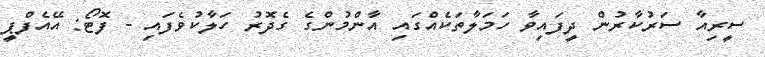
ސީރިއާ ސަރުކާރުން ދީފައިވާ ހަމަލާތަކެއްގައި އާންމުންގެ ގެދޮރު ހަލާކުވެފައި - ފޮޓޯ: އޭއެފްޕީ